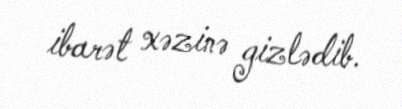
ibarət xəzinə gizlədib.